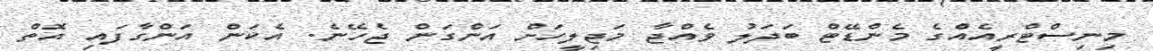
މިނިސްޓްރީއެއްގެ މެންޑޭޓް ބަދަލު ވެއްޖާ މަޖިލީހަށް އަންގަން ޖެހޭނެ. އެކަން އަންގާފައި އޮތް